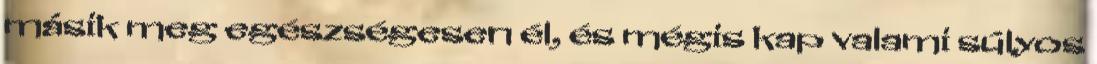
másik meg egészségesen él, és mégis kap valami súlyos